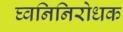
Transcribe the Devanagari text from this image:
घ्वनिनिरोधक